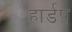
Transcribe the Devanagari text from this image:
हार्डप